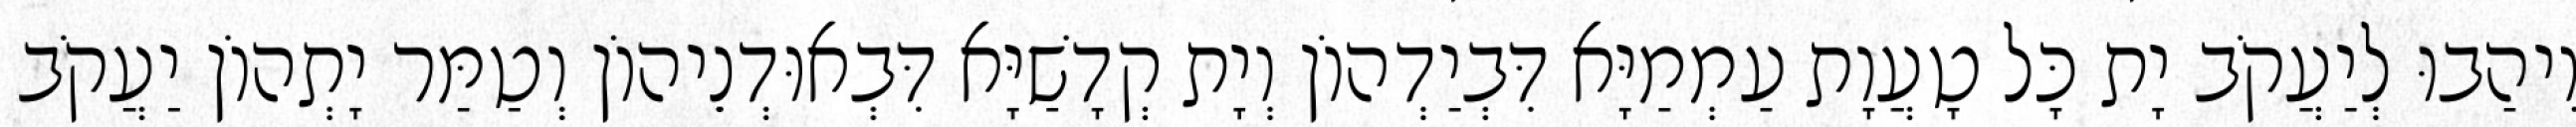
וִיהַבוּ לְיַעֲקֹב יָת כָּל טָעֲוָת עַמְמַיָּא דִּבְיַדְהוֹן וְיָת קְדָשַׁיָּא דִּבְאוּדְנֵיהוֹן וְטַמַּר יָתְהוֹן יַעֲקֹב